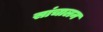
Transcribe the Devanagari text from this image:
सांचालन